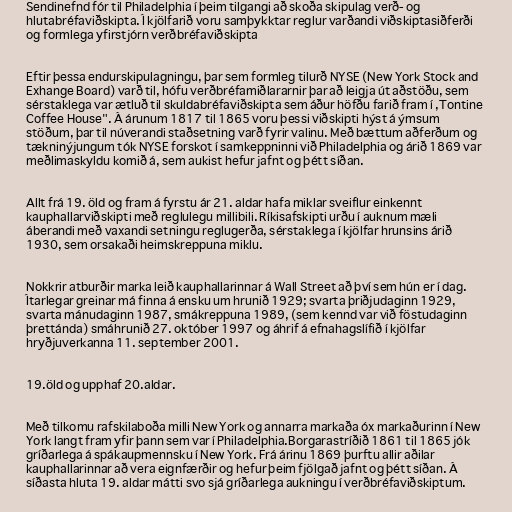
Sendinefnd fór til Philadelphia í þeim tilgangi að skoða skipulag verð- og
hlutabréfaviðskipta. Í kjölfarið voru samþykktar reglur varðandi viðskiptasiðferði
og formlega yfirstjórn verðbréfaviðskipta

Eftir þessa endurskipulagningu, þar sem formleg tilurð NYSE (New York Stock and
Exhange Board) varð til, hófu verðbréfamiðlararnir þar að leigja út aðstöðu, sem
sérstaklega var ætluð til skuldabréfaviðskipta sem áður höfðu farið fram í ,Tontine
Coffee House". Á árunum 1817 til 1865 voru þessi viðskipti hýst á ýmsum
stöðum, þar til núverandi staðsetning varð fyrir valinu. Með bættum aðferðum og
tækninýjungum tók NYSE forskot í samkeppninni við Philadelphia og árið 1869 var
meðlimaskyldu komið á, sem aukist hefur jafnt og þétt síðan.

Allt frá 19. öld og fram á fyrstu ár 21. aldar hafa miklar sveiflur einkennt
kauphallarviðskipti með reglulegu millibili. Ríkisafskipti urðu í auknum mæli
áberandi með vaxandi setningu reglugerða, sérstaklega í kjölfar hrunsins árið
1930, sem orsakaði heimskreppuna miklu.

Nokkrir atburðir marka leið kauphallarinnar á Wall Street að því sem hún er í dag.
Ítarlegar greinar má finna á ensku um hrunið 1929; svarta þriðjudaginn 1929,
svarta mánudaginn 1987, smákreppuna 1989, (sem kennd var við föstudaginn
þrettánda) smáhrunið 27. október 1997 og áhrif á efnahagslífið í kjölfar
hryðjuverkanna 11. september 2001.

19.öld og upphaf 20.aldar.

Með tilkomu rafskilaboða milli New York og annarra markaða óx markaðurinn í New
York langt fram yfir þann sem var í Philadelphia.Borgarastríðið 1861 til 1865 jók
gríðarlega á spákaupmennsku í New York. Frá árinu 1869 þurftu allir aðilar
kauphallarinnar að vera eignfærðir og hefur þeim fjölgað jafnt og þétt síðan. Á
síðasta hluta 19. aldar mátti svo sjá gríðarlega aukningu í verðbréfaviðskiptum.